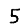
Digit: 5